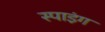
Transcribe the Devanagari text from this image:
स्पाइंग